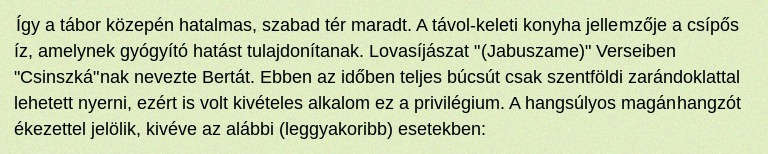
Így a tábor közepén hatalmas, szabad tér maradt. A távol-keleti konyha jellemzője a csípős íz, amelynek gyógyító hatást tulajdonítanak. Lovasíjászat "(Jabuszame)" Verseiben "Csinszká"nak nevezte Bertát. Ebben az időben teljes búcsút csak szentföldi zarándoklattal lehetett nyerni, ezért is volt kivételes alkalom ez a privilégium. A hangsúlyos magánhangzót ékezettel jelölik, kivéve az alábbi (leggyakoribb) esetekben: